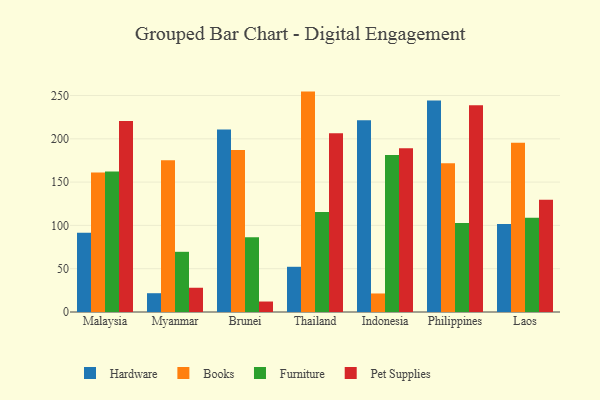
{"axis": {"x": "Country", "y": "Energy Usage (MWh)"}, "legend": ["Books", "Furniture", "Hardware", "Pet Supplies"], "data": [{"x": "Malaysia", "y": 91.4, "type": "Hardware"}, {"x": "Malaysia", "y": 161.1, "type": "Books"}, {"x": "Malaysia", "y": 162.2, "type": "Furniture"}, {"x": "Malaysia", "y": 220.5, "type": "Pet Supplies"}, {"x": "Myanmar", "y": 21.7, "type": "Hardware"}, {"x": "Myanmar", "y": 175.1, "type": "Books"}, {"x": "Myanmar", "y": 69.5, "type": "Furniture"}, {"x": "Myanmar", "y": 28.0, "type": "Pet Supplies"}, {"x": "Brunei", "y": 210.6, "type": "Hardware"}, {"x": "Brunei", "y": 187.2, "type": "Books"}, {"x": "Brunei", "y": 86.4, "type": "Furniture"}, {"x": "Brunei", "y": 12.1, "type": "Pet Supplies"}, {"x": "Thailand", "y": 52.2, "type": "Hardware"}, {"x": "Thailand", "y": 254.5, "type": "Books"}, {"x": "Thailand", "y": 115.4, "type": "Furniture"}, {"x": "Thailand", "y": 206.3, "type": "Pet Supplies"}, {"x": "Indonesia", "y": 221.3, "type": "Hardware"}, {"x": "Indonesia", "y": 21.4, "type": "Books"}, {"x": "Indonesia", "y": 181.4, "type": "Furniture"}, {"x": "Indonesia", "y": 189.1, "type": "Pet Supplies"}, {"x": "Philippines", "y": 244.2, "type": "Hardware"}, {"x": "Philippines", "y": 171.7, "type": "Books"}, {"x": "Philippines", "y": 102.8, "type": "Furniture"}, {"x": "Philippines", "y": 238.6, "type": "Pet Supplies"}, {"x": "Laos", "y": 101.7, "type": "Hardware"}, {"x": "Laos", "y": 195.3, "type": "Books"}, {"x": "Laos", "y": 108.7, "type": "Furniture"}, {"x": "Laos", "y": 129.7, "type": "Pet Supplies"}]}